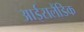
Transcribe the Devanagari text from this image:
आईसलैंडिक